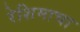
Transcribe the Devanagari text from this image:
रेशिमाचा